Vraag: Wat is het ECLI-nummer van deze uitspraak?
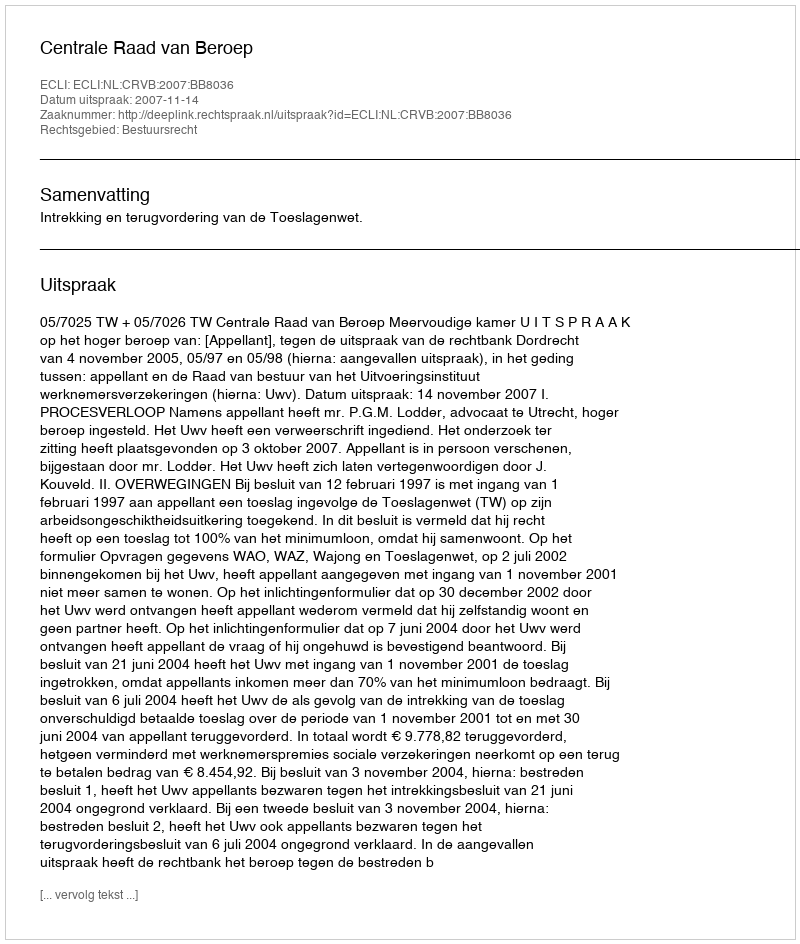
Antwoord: ECLI:NL:CRVB:2007:BB8036